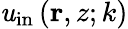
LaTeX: \mathit{u}_{\mathrm{{in}}}\left(\mathbf{{r}},z;k\right)